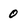
Character: 0